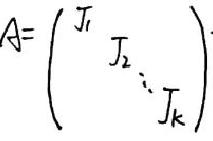
\[
A=\begin{pmatrix}
J_1 &  &  \\
& J_2 &  \\
& & \ddots &  \\
& & & J_k
\end{pmatrix}
\]